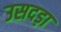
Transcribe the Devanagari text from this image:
उसदड़ा